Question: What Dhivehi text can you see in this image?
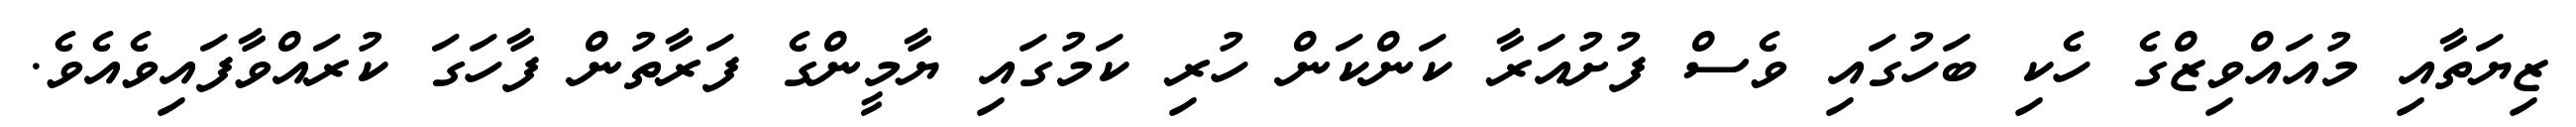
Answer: ޒިޔަތާއި މުއައްވިޒްގެ ހެކި ބަހުގައި ވެސް ފުށުއަރާ ކަންކަން ހުރި ކަމުގައި ޔާމީންގެ ފަރާތުން ފާހަގަ ކުރައްވާފައިވެއެވެ.